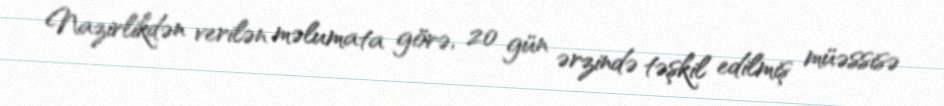
Nazirlikdən verilən məlumata görə, 20 gün ərzində təşkil edilmiş müəssisə